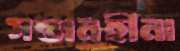
সন্তানহীনা